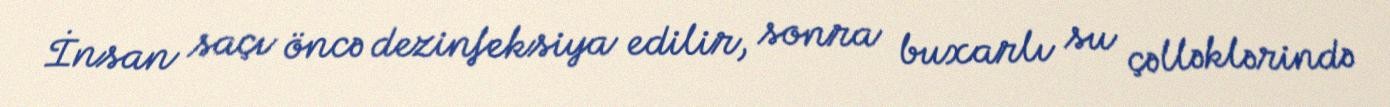
İnsan saçı öncə dezinfeksiya edilir, sonra buxarlı su çəlləklərində